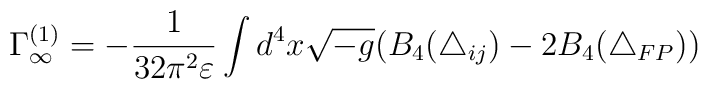
\Gamma^{(1)}_\infty  = -\frac{1}{32 \pi^2 \varepsilon }\int d^4 x \sqrt{-g} \bigl( B_4(\triangle_{ij}) - 2 B_4(\triangle_{FP})\bigr)